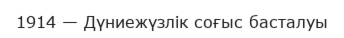
1914 — Дүниежүзлік соғыс басталуы